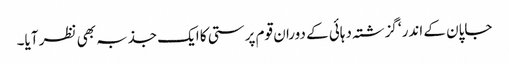
جاپان کے اندر‘ گزشتہ دہائی کے دوران قوم پرستی کا ایک جذبہ بھی نظر آیا۔